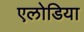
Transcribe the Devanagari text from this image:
एलोडिया